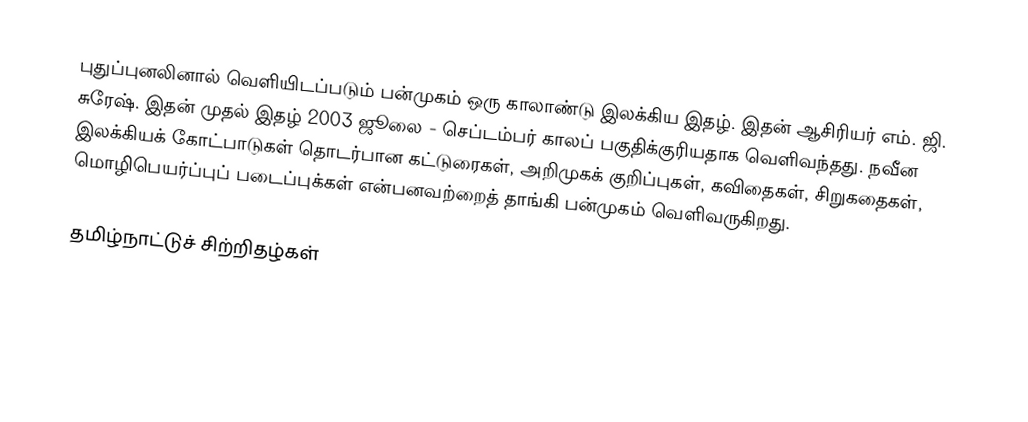
புதுப்புனலினால் வெளியிடப்படும் பன்முகம் ஒரு காலாண்டு இலக்கிய இதழ். இதன் ஆசிரியர் எம். ஜி. சுரேஷ். இதன் முதல் இதழ் 2003 ஜூலை - செப்டம்பர் காலப் பகுதிக்குரியதாக வெளிவந்தது. நவீன இலக்கியக் கோட்பாடுகள் தொடர்பான கட்டுரைகள், அறிமுகக் குறிப்புகள், கவிதைகள், சிறுகதைகள், மொழிபெயர்ப்புப் படைப்புக்கள் என்பனவற்றைத் தாங்கி பன்முகம் வெளிவருகிறது.

தமிழ்நாட்டுச் சிற்றிதழ்கள்